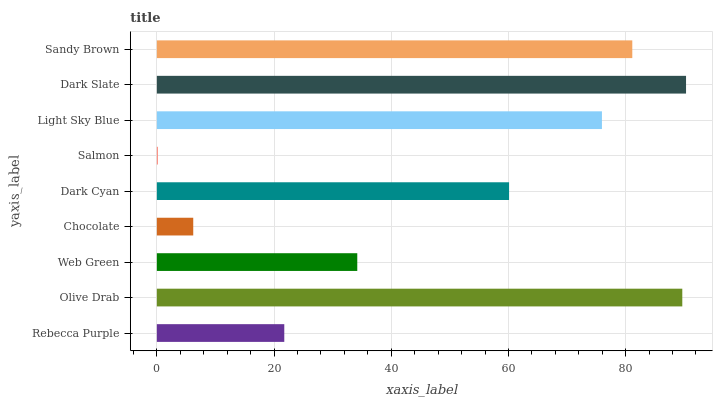
| yaxis_label | bars |
 | --- | --- |
 | Rebecca Purple | 21.7 |
 | Olive Drab | 89.7 |
 | Web Green | 34.2 |
 | Chocolate | 6.21 |
 | Dark Cyan | 60.1 |
 | Salmon | 0.169 |
 | Light Sky Blue | 76 |
 | Dark Slate | 90.3 |
 | Sandy Brown | 81.1 |